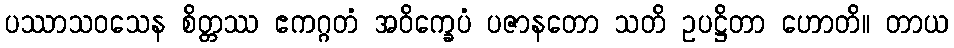
ပဿာသဝသေန စိတ္တဿ ဧကဂ္ဂတံ အဝိက္ခေပံ ပဇာနတော သတိ ဥပဋ္ဌိတာ ဟောတိ။ တာယ